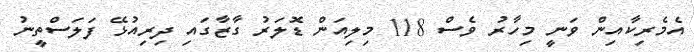
އެމެރިކާއިން ވަނީ މިހާރު ވެސް 118 މިލިއަން ޑޮލަރު ގާޒާގައި ދިރިއުޅޭ ފަލަސްތީނު